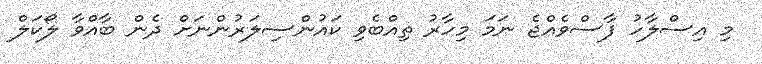
މި އިސްލާހު ފާސްވެއްޖެ ނަމަ މިހާރު ތިއްބެވި ކައުންސިލަރުންނަށް ދެން ބާއްވާ ލޯކަލް